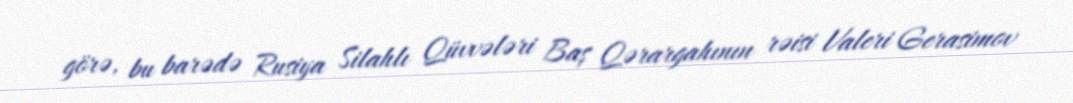
görə, bu barədə Rusiya Silahlı Qüvvələri Baş Qərargahının rəisi Valeri Gerasimov